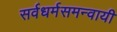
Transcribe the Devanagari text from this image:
सर्वधर्मसमन्‍वायी